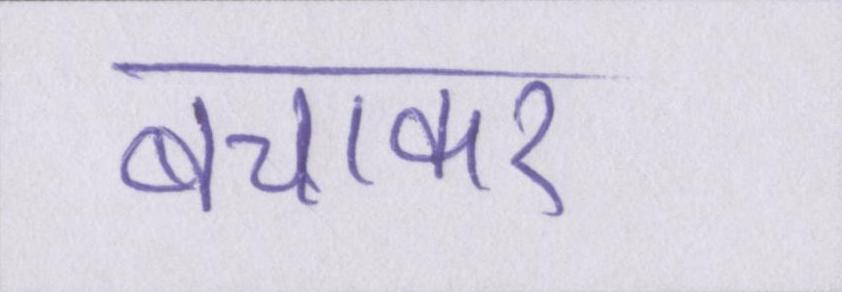
बचाकर